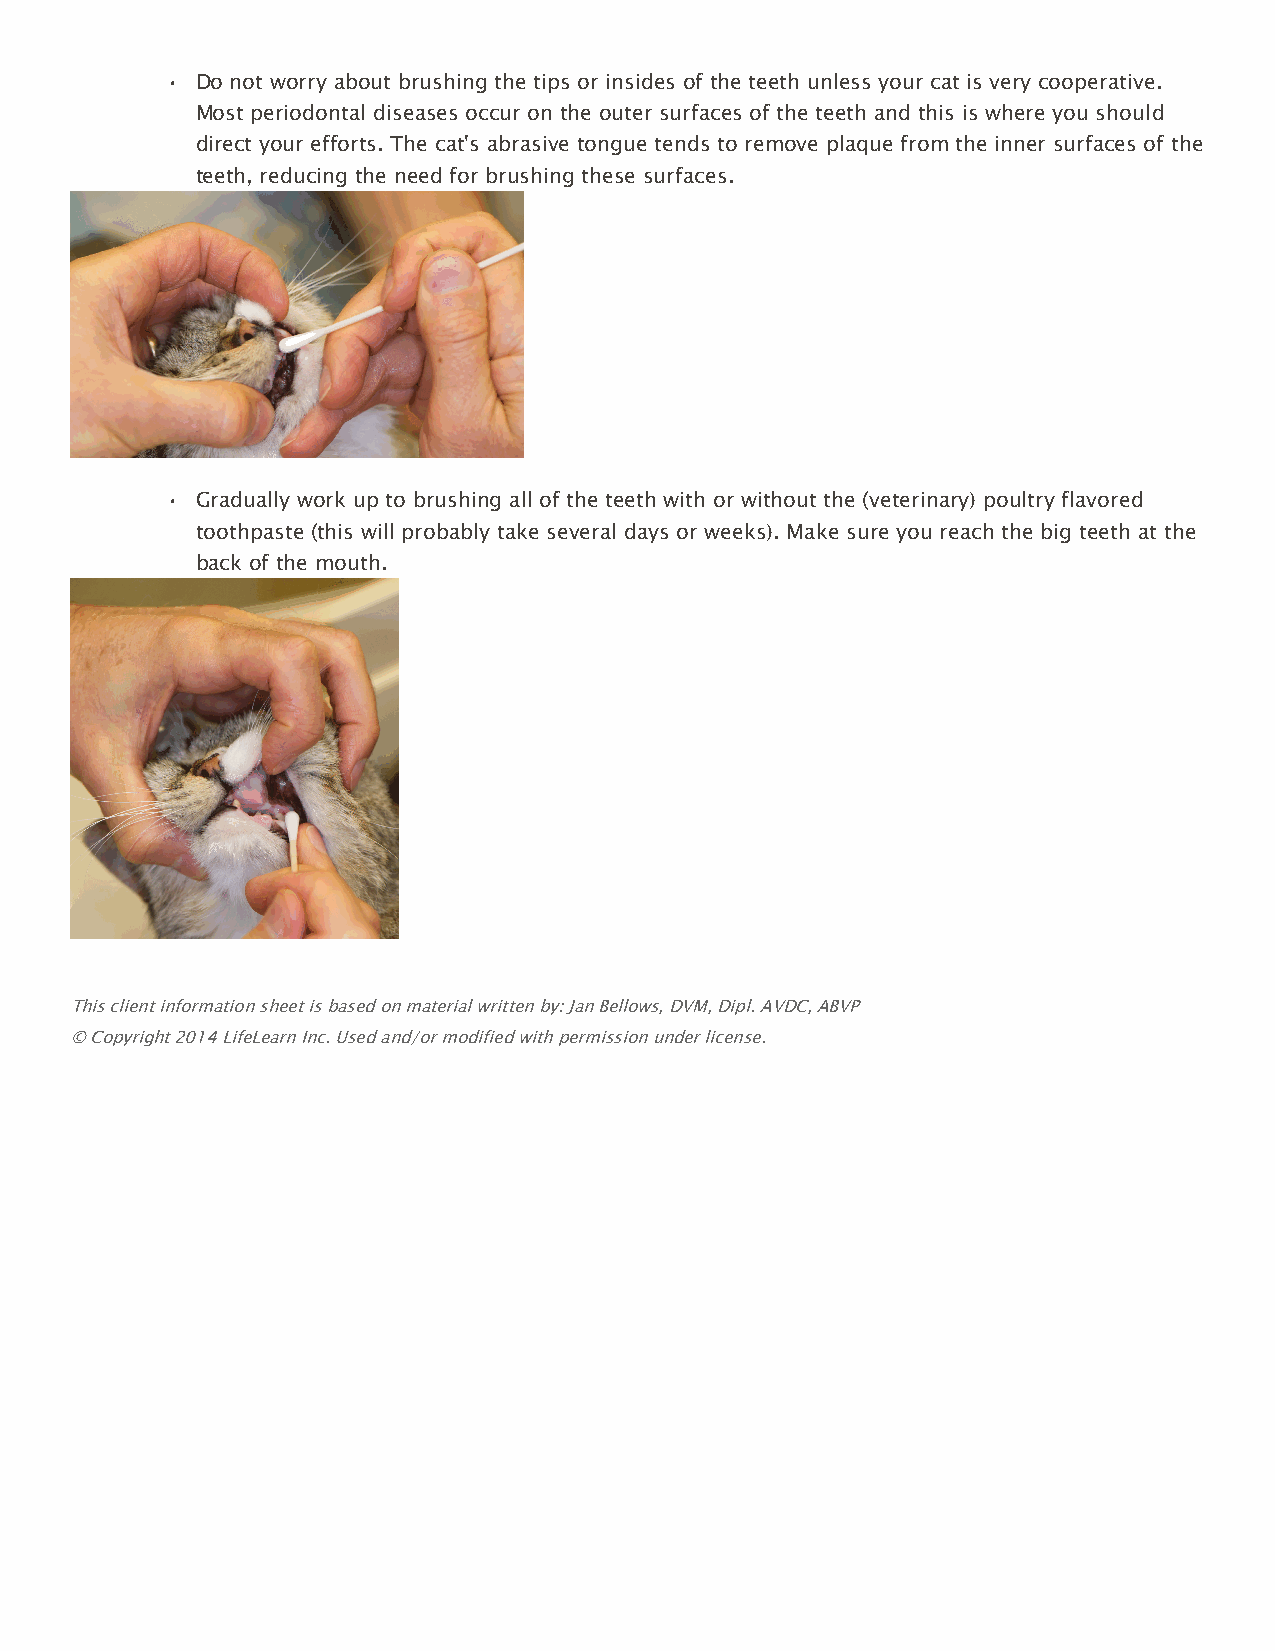
• Do not worry about brushing the tips or insides of the teeth unless your cat is very cooperative.
 Most periodontal diseases occur on the outer surfaces of the teeth and this is where you should
 direct your efforts. The cat's abrasive tongue tends to remove plaque from the inner surfaces of the
 teeth, reducing the need for brushing these surfaces.
 • Gradually work up to brushing all of the teeth with or without the (veterinary) poultry flavored
 toothpaste (this will probably take several days or weeks). Make sure you reach the big teeth at the
 back of the mouth.
 This client information sheet is based on material written by: Jan Bellows, DVM, Dipl. AVDC, ABVP
 © Copyright 2014 LifeLearn Inc. Used and/or modified with permission under license.